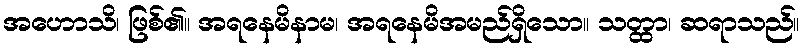
အဟောသိ၊ ဖြစ်၏။ အရနေမိနာမ၊ အရနေမိအမည်ရှိသော။ သတ္ထာ၊ ဆရာသည်။